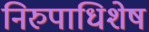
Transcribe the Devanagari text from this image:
निरुपाधिशेष